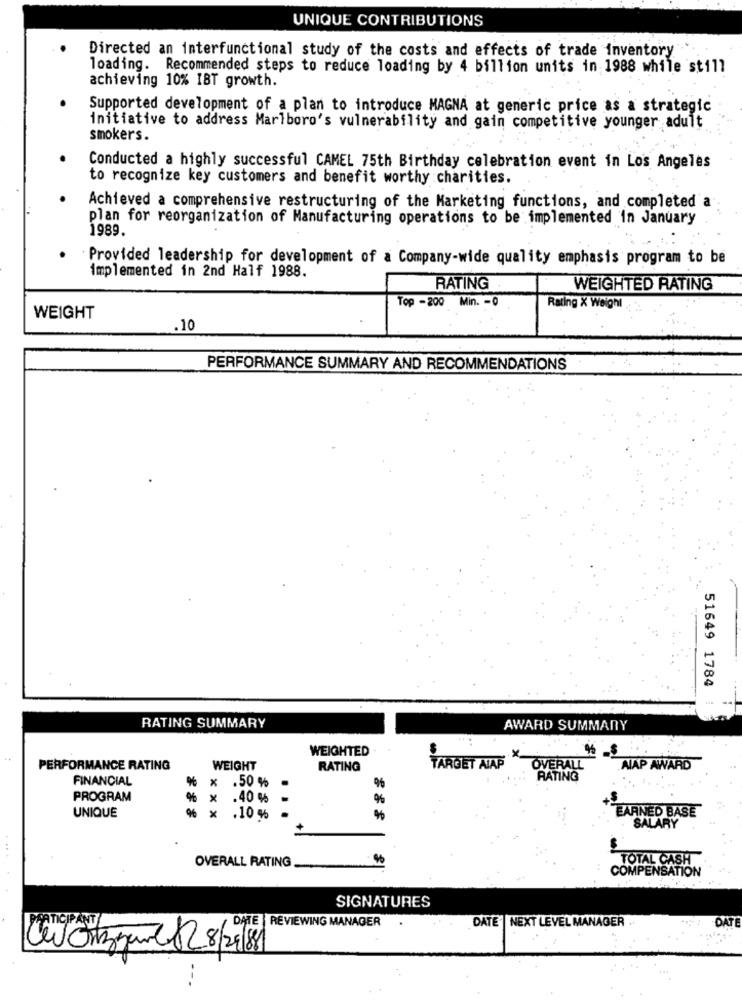
UNIQUE CONTRIBUTIONS
Directed an interfunctional study of the costs and effects of trade inventory
loading. Recommended steps to reduce loading by 4 billion units in 1988 while still
achieving 10% IBT growth.
Supported development of a plan to introduce MAGNA at generic price as a strategic
initiative to address Marlboro's vulnerability and gain competitive younger adult
smokers.
Conducted a highly successful CAMEL 75th Birthday celebration event in Los Angeles
to recognize key customers and benefit worthy charities.
Achieved a comprehensive restructuring of the Marketing functions, and completed a
plan for reorganization of Manufacturing operations to be implemented in January
1989.
Provided leadership for development of a Company-wide quality emphasis program to be
implemented in 2nd Half 1988.
RATING
WEIGHTED RATING
Top -200 Min. - 0
Rating X Weight
WEIGHT
.10
PERFORMANCE SUMMARY AND RECOMMENDATIONS
51649 1784 1
---
RATING SUMMARY
AWARD SUMMARY
WEIGHTED
PERFORMANCE RATING
WEIGHT
RATING
TARGET ALAP
OVERALL
ALAP AWARD
FINANCIAL
%
.50 %
RATING
PROGRAM
X
.40 %
%
x
EARNED BASE
UNIQUE
.10 %
SALARY
OVERALL RATING
TOTAL CASH
COMPENSATION
SIGNATURES
DATE |NEXT LEVEL MANAGER .
OAT
ATICIPANT
DATE ] REVIEWING MANAGER
Cevonzzaved 28/2018